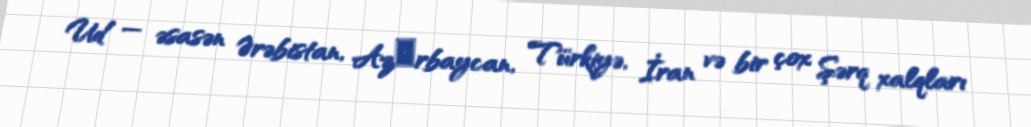
Ud — əsasən Ərəbistan, Azәrbaycan, Türkiyə, İran və bir çox Şərq xalqları